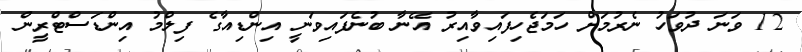
12 ވަނަ ދުވަހު ނެރުމަށް ހަމަޖެހިފައިވާއިރު އޭނާ ބުނެފައިވަނީ އިންޑިއާގެ ފިލްމު އިންޑަސްޓްރީން